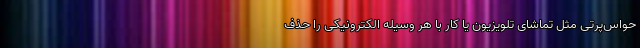
حواس‌پرتی مثل تماشای تلویزیون یا کار با هر وسیله الکترونیکی را حذف